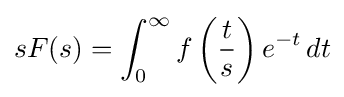
sF(s)=\int _{0}^{\infty }f\left({\frac {t}{s}}\right)e^{-t}\,dt